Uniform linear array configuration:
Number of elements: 48
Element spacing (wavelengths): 0.25
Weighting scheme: kaiser
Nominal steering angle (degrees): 30
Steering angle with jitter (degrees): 28.667
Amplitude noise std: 0.05
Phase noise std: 0.05

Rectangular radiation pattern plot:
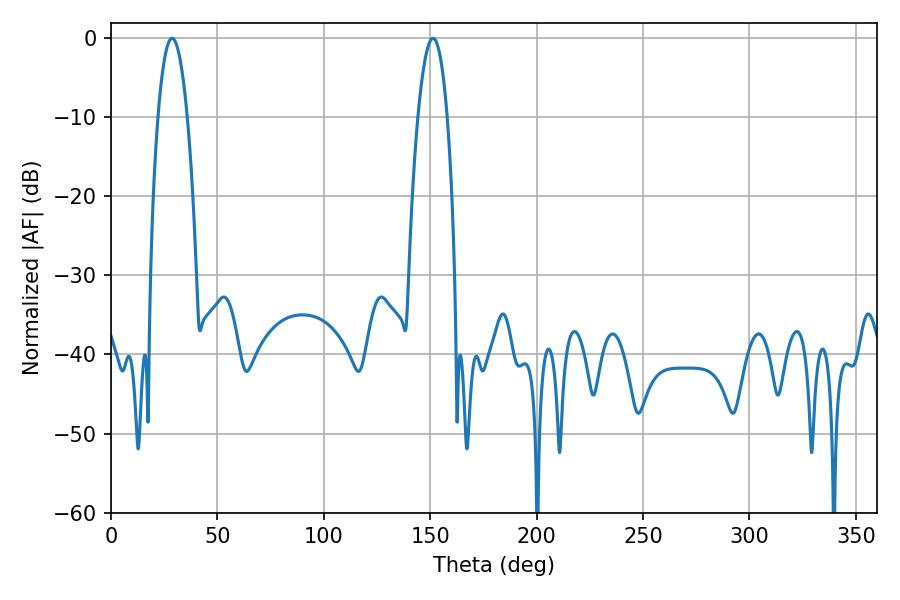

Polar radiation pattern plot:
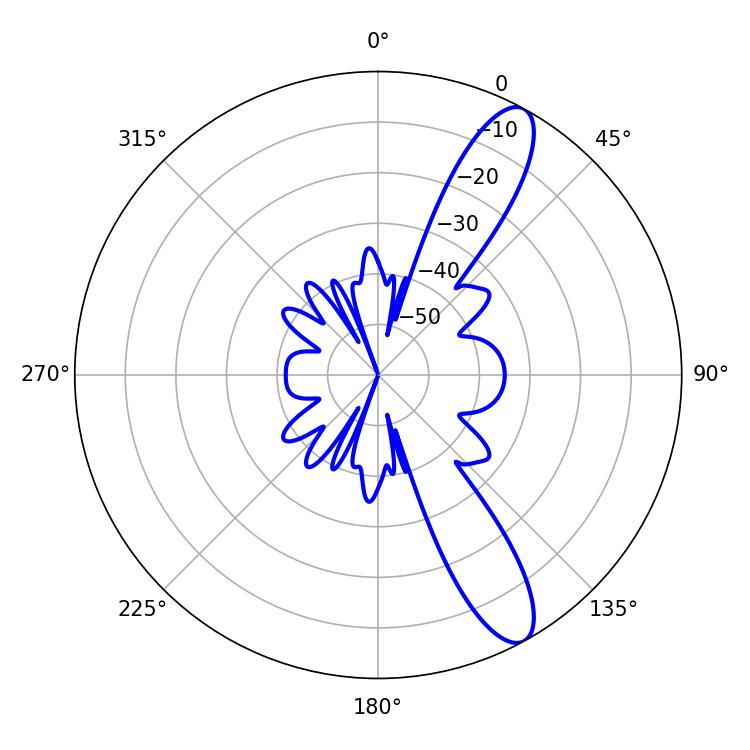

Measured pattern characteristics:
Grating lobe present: FALSE
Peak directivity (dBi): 11.623
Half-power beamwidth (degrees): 7.56
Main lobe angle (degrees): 28.62